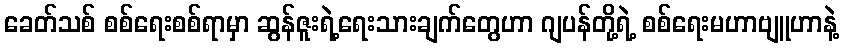
ခေတ်သစ် စစ်ရေးစစ်ရာမှာ ဆွန်ဇူးရဲ့ရေးသားချက်တွေဟာ ဂျပန်တို့ရဲ့ စစ်ရေးမဟာဗျူဟာနဲ့